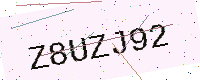
Text: Z8UZJ92